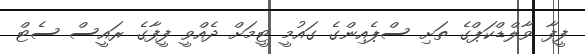
ފީފާ ވާލްޑްކަޕްގެ ތަށި ސްޕެއިންގެ ގައުމީ ޓީމަށް ދެއްވީ ފީފާގެ ރައީސް ސެޓް